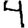
Digit: 4